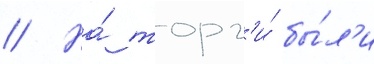
// На́ торг'и́ бы́л'и